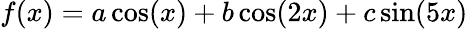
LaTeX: \begin{array}{r}{f(x)=a\cos(x)+b\cos(2x)+c\sin(5x)}\end{array}